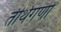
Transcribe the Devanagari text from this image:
तीर्थगणों